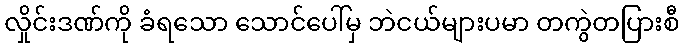
လှိုင်းဒဏ်ကို ခံရသော သောင်ပေါ်မှ ဘဲငယ်များပမာ တကွဲတပြားစီ